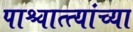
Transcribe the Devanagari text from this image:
पाश्चात्त्यांच्या